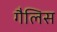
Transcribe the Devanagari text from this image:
गैलिस